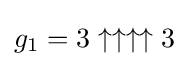
g_{1}=3\uparrow \uparrow \uparrow \uparrow 3